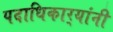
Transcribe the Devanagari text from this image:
पदाधिकार्‍यांनी